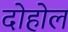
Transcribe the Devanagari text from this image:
दोहोल